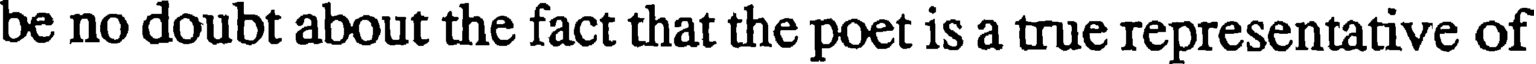
be no doubt about the fact that the poet is a true representative of